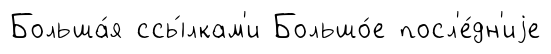
Больша́я ссы́лкам'и Большо́е посл'е́дн'иjе